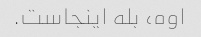
اوه، بله اینجاست.